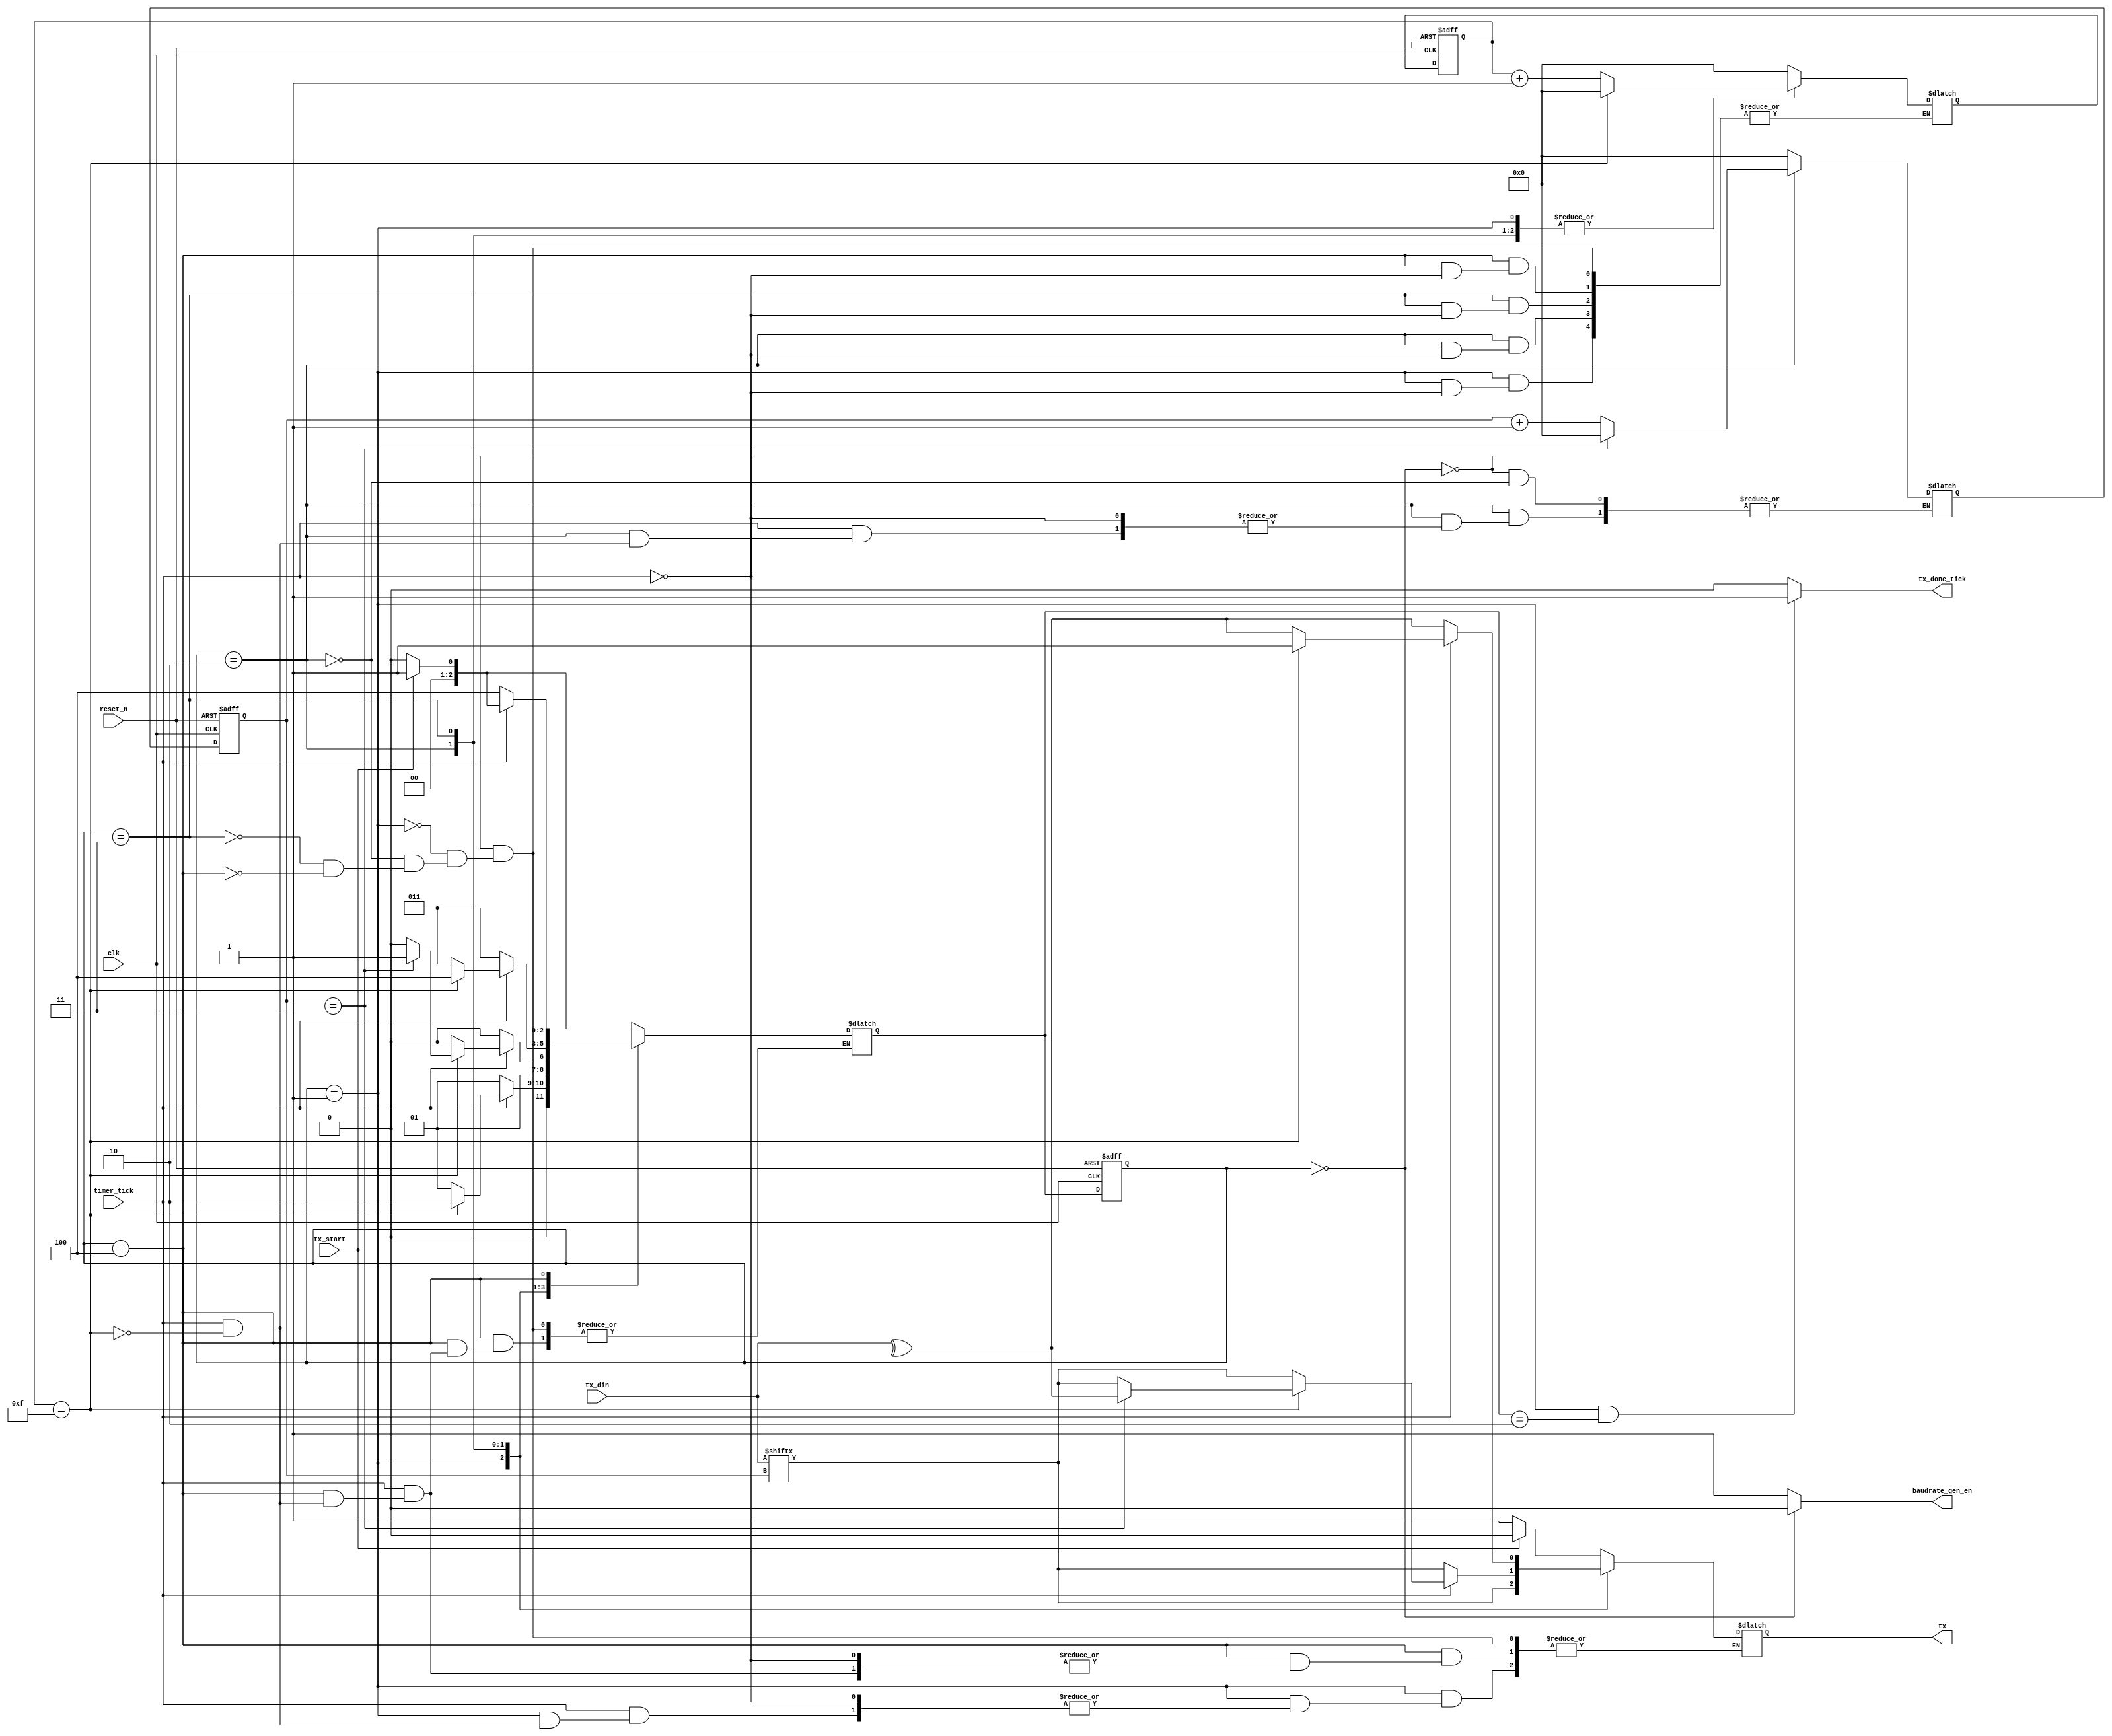

//////////////////////////////////////////////////////////////////////////////////
// Company: 
// Engineer: 
// 
// Design Name: 
// Module Name: uart_tx
// Project Name: 
// Target Devices: 
// Tool Versions: 
// Description: 
// 
// Dependencies: 
// 
// Revision:
// Revision 0.01 - File Created
// Additional Comments:
// 
//////////////////////////////////////////////////////////////////////////////////


module uart_tx
#(parameter DATA_BITS=4, STOP_BIT_TICKS = 16 , TICKS_PER_DATABIT = 16)
(
    input clk, reset_n,
    input [DATA_BITS-1:0] tx_din,
    input tx_start,
    input timer_tick,
    output baudrate_gen_en,
    output reg tx_done_tick,
    output reg  tx
    );
    
     ///////////////////////////////////////// State Encryption /////////////////////////////////////////////////
     localparam   idle_state   = 3'b000,
                  start_state  = 3'b001,
                  data_state   = 3'b010,
                  parity_state = 3'b011,
                  stop_state   = 3'b100;
      
      ///////////////////////////////////////////// Signals Declaration ////////////////////////////////////////////////
   
      reg [2:0] state_reg, state_next;  
      reg [5:0] timer_tick_counter_next, timer_tick_counter_reg ;
      reg [5:0] sent_bits_counter_next, sent_bits_counter_reg; 

      wire calculated_parity;
      
      
      ///////////////////////////////////////////////// Sequential Logic //////////////////////////////////////////////// 
       always@(posedge clk, negedge reset_n)
       begin
           if(~reset_n) begin
               state_reg <= idle_state;

               timer_tick_counter_reg <= 0;
               sent_bits_counter_reg <= 0;
           end
           else begin
               state_reg <= state_next;
               timer_tick_counter_reg <= timer_tick_counter_next;
               sent_bits_counter_reg <= sent_bits_counter_next;
           end
       end
       
        //////////////////////////////////////////////// Next State Logic //////////////////////////////////////////////// 
          always@(*) begin
              case(state_reg) 
              idle_state: begin

                    timer_tick_counter_next = 0;
                    sent_bits_counter_next = 0;
                    tx = 1'b1;

                    if(tx_start) begin
                        state_next = start_state;
                        tx = 0;
                    end
                    else 
                        state_next = idle_state;
              end
              
              /////////////////////////////////////////////////////
              start_state: begin
                    if(timer_tick) begin
                        timer_tick_counter_next = timer_tick_counter_reg + 1;
                        if(timer_tick_counter_reg == (TICKS_PER_DATABIT -1) ) begin
                            timer_tick_counter_next = 0;
                            state_next = data_state;
                            tx = tx_din [sent_bits_counter_reg];
                        end
                        else begin
                            state_next = start_state;
                        end   
                    end
                    else begin
                        state_next = start_state;
                    end
              end
              
              /////////////////////////////////////////////////////
              data_state: begin
                   tx = tx_din [sent_bits_counter_reg];

                    if(timer_tick) begin
                        timer_tick_counter_next = timer_tick_counter_reg + 1;
                        
                        if(timer_tick_counter_reg == TICKS_PER_DATABIT -1) begin
                            sent_bits_counter_next = sent_bits_counter_reg + 1;
                            timer_tick_counter_next = 0;
                            
                            if(sent_bits_counter_reg == DATA_BITS -1) begin
                                state_next = parity_state;
                                tx = calculated_parity;
                                sent_bits_counter_next = 0; 
                            end
                            else
                                state_next = data_state;
                        end
                        else begin
                            state_next = data_state;
                        end
                    end
                    else begin
                        state_next = data_state;
                    end
              
              end

              /////////////////////////////////////////////////////
              parity_state: begin
                   tx = calculated_parity;
                    if (timer_tick) begin
                        timer_tick_counter_next = timer_tick_counter_reg + 1;

                        if(timer_tick_counter_reg == TICKS_PER_DATABIT -1) begin
                            timer_tick_counter_next = 0;
                            state_next = stop_state;
                            tx = 1'b1;
                        end
                        else begin
                            state_next = parity_state;
                        end
                    end
                    else begin
                        state_next = parity_state;
                    end
             end

              
              /////////////////////////////////////////////////////
              stop_state: begin
                    //tx = 1'b1;
                    
                    if(timer_tick) begin
                        timer_tick_counter_next = timer_tick_counter_reg + 1;
                        
                        if(timer_tick_counter_reg == STOP_BIT_TICKS -1) begin
                            timer_tick_counter_next = 0;
                            state_next = idle_state;
                            
                            if(tx_start) begin
                                state_next = start_state;
                                tx = 0;
                            end
                            else begin
                                state_next = idle_state;
                                tx = 1;
                            end 
                        end
                    end
                    else begin
                        state_next = stop_state;
                    end
              
              end
              
              endcase
      end

///////////////////////////////////////////// output logic //////////////////////////////////////////
assign calculated_parity = ^tx_din;


always@(*) begin
    if(state_reg == start_state && state_next == data_state) 
        tx_done_tick = 1;
    else 
        tx_done_tick = 0;
end

assign baudrate_gen_en = (state_reg == idle_state)? 1'b0 : 1'b1;

endmodule